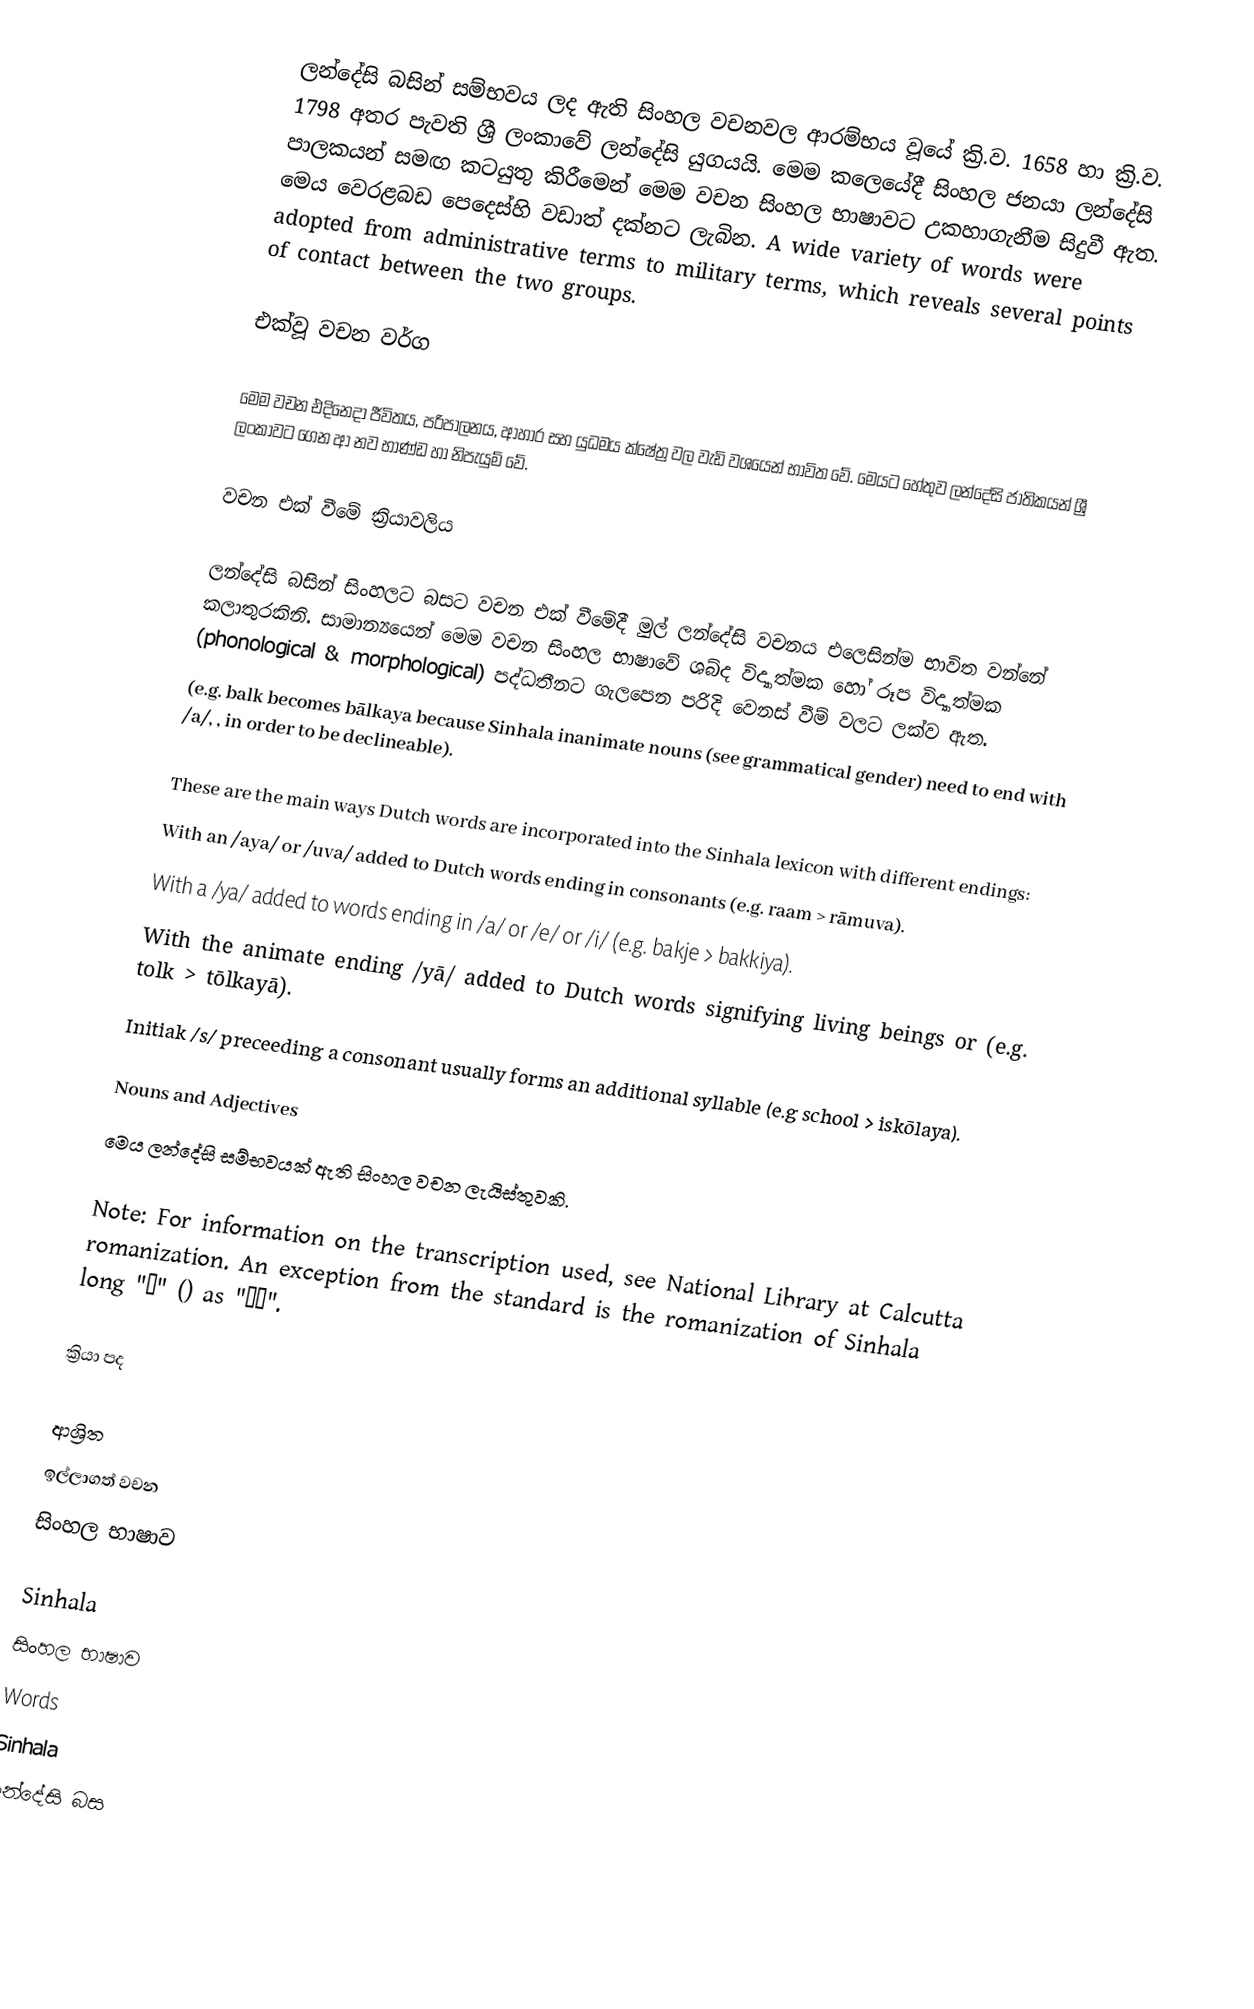
ලන්දේසි බසින් සම්භවය ලද ඇති සිංහල වචනවල ආරම්භය වූයේ ක්‍රි.ව. 1658 හා ක්‍රි.ව. 1798 අතර පැවති ශ්‍රී ලංකාවේ ලන්දේසි යුගයයි. මෙම කලෙයේදී සිංහල ජනයා ලන්දේසි පාලකයන් සමඟ කටයුතු කිරීමෙන් මෙම වචන සිංහල භාෂාවට උකහාගැනීම සිදුවී ඇත. මෙය වෙරළබඩ පෙදෙස්හි වඩාත් දක්නට ලැබින. A wide variety of words were adopted from administrative terms to military terms, which reveals several points of contact between the two groups.

එක්වූ වචන වර්ග

මෙම වචන එදිනෙදා ජීවිතය, පරිපාලනය, ආහාර සහ යුධමය ක්ෂේත්‍ර වල වැඩි වශයෙන් භාවිත වේ. මෙයට හේතුව ලන්දේසි ජාතිකයන් ශ්‍රී ලංකාවට ගෙන ආ නව භාණ්ඩ හා නිපැයුම් වේ.

වචන එක් වීමේ ක්‍රියාවලිය

ලන්දේසි බසින් සිංහලට බසට වචන එක් වීමේදී මුල් ලන්දේසි වචනය එලෙසින්ම භාවිත වන්නේ කලාතුරකිනි. සාමාන්‍යයෙන් මෙම වචන සිංහල භාෂාවේ ශබ්ද විද්‍යාත්මක හෝ රූප විද්‍යාත්මක (phonological & morphological) පද්ධතීනට ගැලපෙන පරිදි වෙනස් වීම් වලට ලක්ව ඇත.
(e.g. balk becomes bālkaya because Sinhala inanimate nouns (see grammatical gender) need to end with /a/, , in order to be declineable).

These are the main ways Dutch words are incorporated into the Sinhala lexicon with different endings:
With an /aya/ or /uva/ added to Dutch words ending in consonants (e.g. raam > rāmuva).
With a /ya/ added to words ending in /a/ or /e/ or /i/ (e.g. bakje > bakkiya).
With the animate ending /yā/ added to Dutch words signifying living beings or (e.g. tolk > tōlkayā).
Initiak /s/ preceeding a consonant usually forms an additional syllable (e.g school > iskōlaya).

Nouns and Adjectives
මෙය ලන්දේසි සම්භවයක් ඇති සිංහල වචන ලැයිස්තුවකි.

Note: For information on the transcription used, see National Library at Calcutta romanization. An exception from the standard is the romanization of Sinhala long "ä" () as "ää".

ක්‍රියා පද

ආශ්‍රිත
 ඉල්ලාගත් වචන
 සිංහල භාෂාව

Sinhala
සිංහල භාෂාව
Words
Sinhala
ලන්දේසි බස